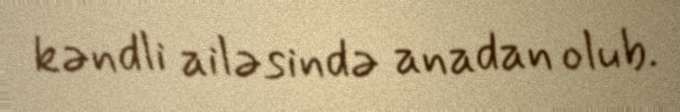
kəndli ailəsində anadan olub.